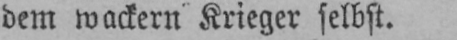
dem wackern Krieger selbst.